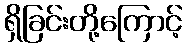
ရှိခြင်းတို့ကြောင့်